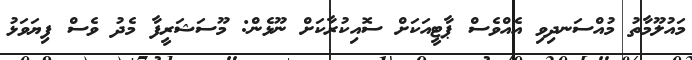
މައުލޫމާތު މުއްސަނދިވި އެއްވެސް ޕާޓީއަކަށް ސޮއިކުރާކަށް ނޫޅެން: މޫސަޝަރީފާ މެދު ވެސް ފިޔަވަޅު